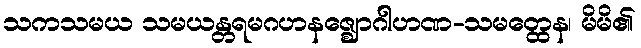
သကသမယ သမယန္တရမဂဟနဇ္ဈောဂါဟဏ-သမတ္ထေန၊ မိမိ၏